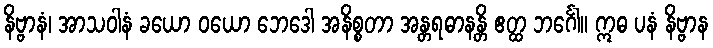
နိဗ္ဗာနံ၊ အာသဝါနံ ခယော ဝယော ဘေဒေါ အနိစ္စတာ အန္တရဓာနန္တိ ဧတ္ထ ဘင်္ဂေါ။ ဣဓ ပနံ နိဗ္ဗာန